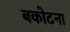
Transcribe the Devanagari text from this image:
बकोटना